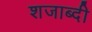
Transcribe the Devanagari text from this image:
शजाब्दी